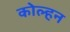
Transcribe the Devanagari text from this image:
कोल्हन